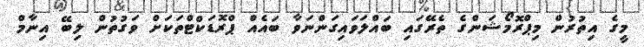
މީގެ އިތުރުން މިޕްރޮމޯޝަންގެ ތެރޭގައި ބައްލަވައިގަންނަވާ ބައެއް ޕްރޮޑަކްޓްތަކަށް ވަގުތުން ލިބޭ އިނާމް